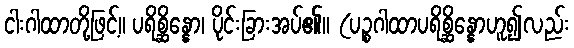
ငါးဂါထာတို့ဖြင့်။ ပရိစ္ဆိန္နော၊ ပိုင်းခြားအပ်၏။ (ပဉ္စဂါထာပရိစ္ဆိန္နောဟူ၍လည်း